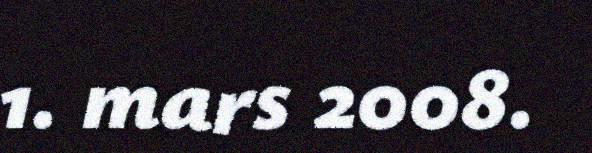
1. mars 2008.